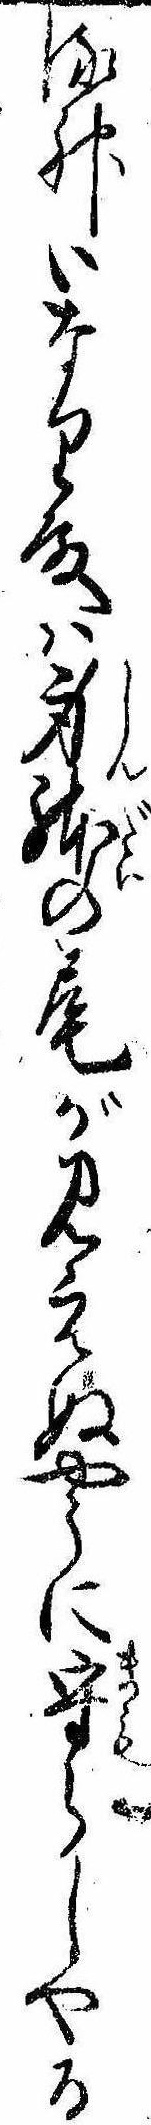
る神いなり殿は身体の尾が見えぬやうに守らしやる